Report of the King Institute of Preventive Medicine, Guindy
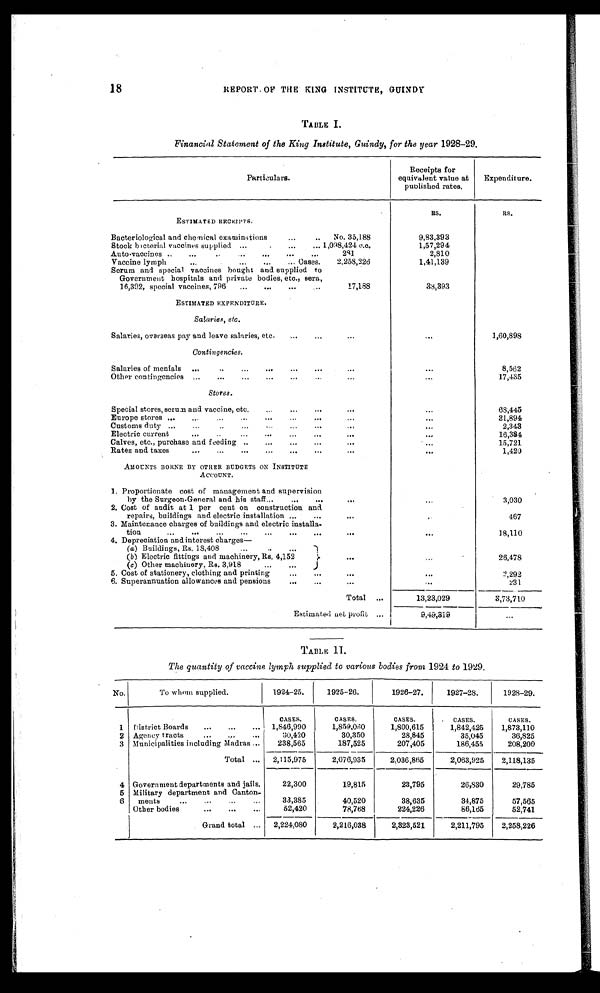
18
REPORT 0F THE KING INSTITUTE, GUINDY
TABLE I.
Financial Statement of the King Institute, Guindy, for the year 1928-29.
P a r t i c u l a r s .
Receipts for
equivalent value at
published rates.
Expenditure.
ESTIMATED RECEIPTS.
R S .
R s .
Bacteriological and chemical examinations
...
..
No. 35,188
9,83,393
Stock bacterial vaccines supplied ...
...
_ 1,098,424 c.c.
1,57,294
Auto vaccines ..
....
...
...
-
241
..
. .
2,810
Vaccine lymph
...
...
...
... Oases. 2,253,226
1,41,139
Serum and special vaccines bought and supplied to
Government hospitals and private bodies, etc., sera,
16,392, special vaccines, 796
...
...
...
...
17,188
33,393
ESTIMATED EXPENDITURE.
S a l a r i e s , e t c .
Salaries, overseas pay and leave salaries, etc.
...
...
...
. . . 1,60,898
Conan g e n c i e s .
Salaries of menials
....
...
...
...
...
..
. .
. . .
8,562
Other contingencies ...
...
,..
...
...
...
.,.
. . .
17,435
S t o r e s .
Special stores, serum and vaccine, etc. ... ... ...
. . .
63,445
.
Europe stores ...
...
...
...
...
...
,„,.
.
. . .
81,891
Customs duty ...
...
..
...
...
...
„,
. . .
2,343
Electric current
...
. . .. . .... . . . ... ...
. . .
16,384
Calves, etc., purchase and feeding ..
...
...
...
15,721
Rates and taxes
.
...
...
. .. ... ...
. . .
1,420
AMOUNTS BORNE BY OTHER BUDGETS ON INSTITUTE
A C C O U N T .
1. Proportionate cost of management and supervision
by the Surgeon-General and his staff_
6..
..,
...
. . .
.
3,030
2. Cost of audit at 1 per cent on construction and
repairs, buildings and electric installation ...
...
..,
467
3. Maintenance charges of buildings and electric installa-
tion
..
. . .
18,110
4. Depreciation and interest charges-
(a) Buildings, Rs. 13,408 ...
(b) Electric fittings and machinery, Rs. 4,152 ...
(c) Other machinery, Rs. 3,918
. . .
2 6 , 4 . 7 8
5. Cost of stationery, clothing and printing
...
...
...
-
2,292
6. Superannuation allowances and pensions ...
. . .
231
Total
. . .
13,23,029
3,73,710
Estimatol net profit ... !
I
9,49,819
. . .
TABLE H.
The quantity of vaccine lymph supplied to various bodies from 1924 to 1929.
No.
To whom supplied.
1924-25.
1925-26.
1926-27.
1927-28.
1928-29.
1 nistrict 13oards
...
...
. . .
CASES.
1,346,990
CASES,
1,859,030
CASES.
1,800,615
. CASES.
1,842,425
CASES.
1,873,110
2 Agency tracts
...
...
,„
30,420
30,350
28,845
35,045
36,825
3 Municipalities including Madras ...
238,565
__
187,525
-
207,405
186,455
208,200
Total
. . . 2,115,975
2,076,935
2,036,865
2,063,925
._
2,118,135
4 Government departments and jails.
22,300
19,815
23,795
26,330
29,785
5 Military department and Canton-
6
merits
...
...
...
. . .
33,385
40,520
38,635
34,875
57,565
Other bodies
...
...
. . .
52,420
78,768
224,226
86,165
52,741
Grand total
. . . 2,224,080
2,216,038
2,323,521
2,211,795
2,258,226